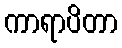
ကာရာပိတာ